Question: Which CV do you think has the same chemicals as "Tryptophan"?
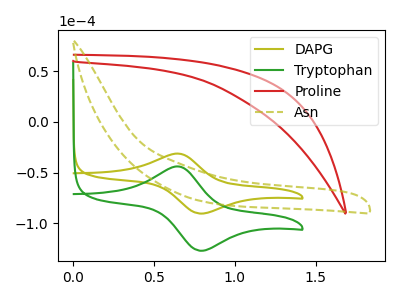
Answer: <think>The olive curve "DAPG" has an anodic peak at (0.65V, -31.30uA) and a cathodic peak at (0.80V, -90.50uA). The green curve "Tryptophan" has an anodic peak at (0.65V, -43.95uA) and a cathodic peak at (0.80V, -127.15uA). The red curve "Proline" has no peaks. The olive dashed curve "Asn" has no peaks.
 All the peaks in "DAPG" have a peak in "Tryptophan" at the same potential. "DAPG" and "Proline" have a different number of peaks. "DAPG" and "Asn" have a different number of peaks. "Tryptophan" and "Proline" have a different number of peaks. "Tryptophan" and "Asn" have a different number of peaks. Neither "Proline" or "Asn" have any peaks.</think>
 <answer>The CV with the most similar shape to "DAPG" is "Tryptophan".</answer>
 <eval>"Tryptophan"</eval>